Annual report of the Punjab Veterinary College and of the Civil Veterinary Department, Punjab - 1926-1932
Year: 1926
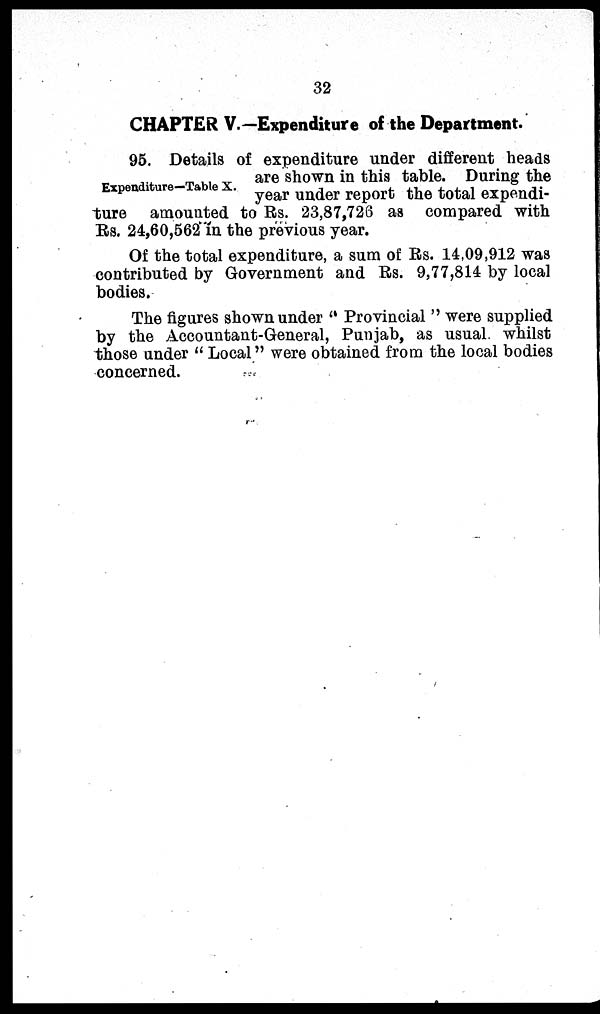
32
CHAPTER V.—Expenditure of the Department.
Expenditure—Table X.
95. Details of expenditure under different heads
are shown in this table. During the
year under report the total expendi-
ture amounted to Rs. 23,87,726 as compared with
Rs. 24,60,562 in the previous year.
Of the total expenditure, a sum of Rs. 14,09,912 was
contributed by Government and Rs. 9,77,814 by local
bodies.
The figures shown under " Provincial " were supplied
by the Accountant-General, Punjab, as usual whilst
those under " Local " were obtained from the local bodies
concerned.